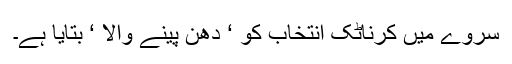
سروے میں کرناٹک انتخاب کو ‘ دھن پینے والا ‘ بتایا ہے۔